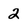
Character: 2